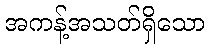
အကန့်အသတ်ရှိသော